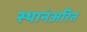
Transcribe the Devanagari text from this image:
स्थानंअरित